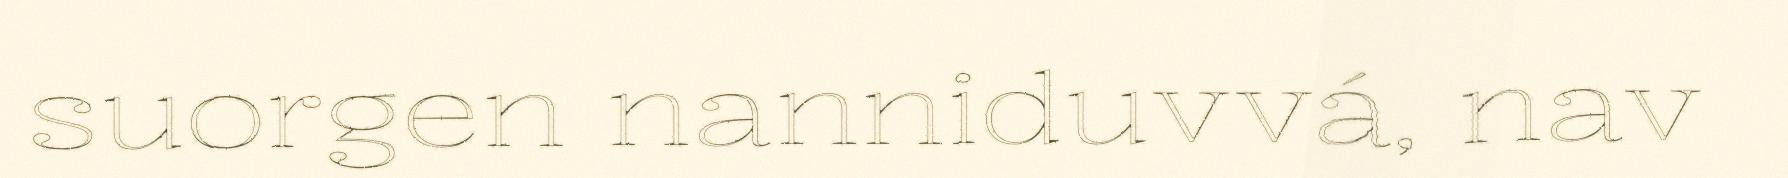
suorgen nanniduvvá, nav